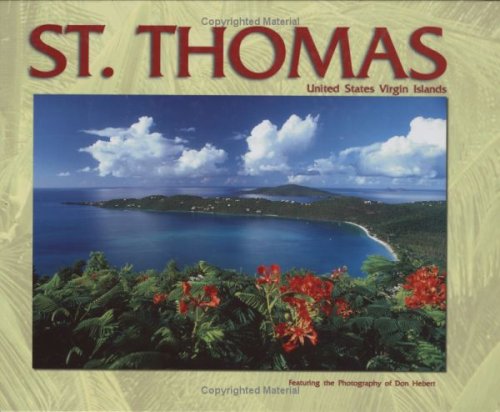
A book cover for St. Thomas United States Virgin Islands; Gerald Singer; Travel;